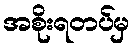
အစိုးရတပ်မှ